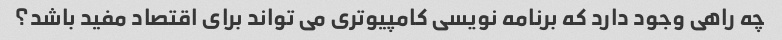
چه راهی وجود دارد که برنامه نویسی کامپیوتری می تواند برای اقتصاد مفید باشد؟